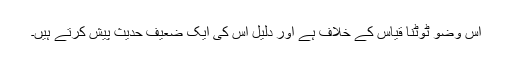
اس وضو ٹوٹنا قیاس کے خلاف ہے اور دلیل اس کی ایک ضعیف حدیث پیش کرتے ہیں۔